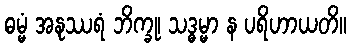
ဓမ္မံ အနုဿရံ ဘိက္ခု၊ သဒ္ဓမ္မာ န ပရိဟာယတိ။